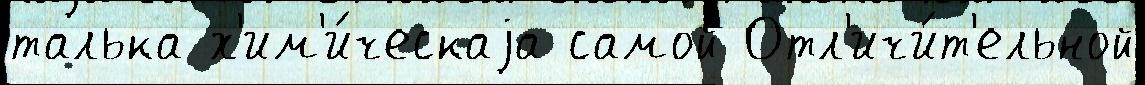
талька х'им'и́ческаjа самой Отл'ичи́т'ельной